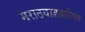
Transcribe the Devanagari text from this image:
मराठवाड्यातिल